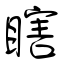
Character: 瞎